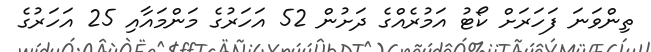
ތިންވަނަ ފަހަރަށް ކޯޓު އަމުރެއްގެ ދަށުން 52 އަހަރުގެ މަންމައާއި 25 އަހަރުގެ